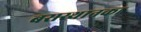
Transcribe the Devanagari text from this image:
बसस्थानका